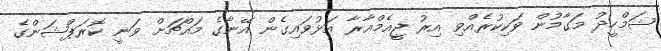
ޝަމްހީދު މަގާމުން ވަކިކުރެއްވި އިރު ޖީއެމްއާރާ އަޅުވައިގެން އޭނާގެ މައްޗަށް ވަނީ ކޮރަޕްޝަންގެ